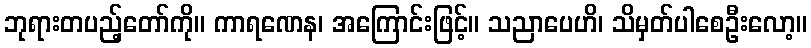
ဘုရားတပည့်တော်ကို။ ကာရဏေန၊ အကြောင်းဖြင့်။ သညာပေဟိ၊ သိမှတ်ပါစေဦးလော့။